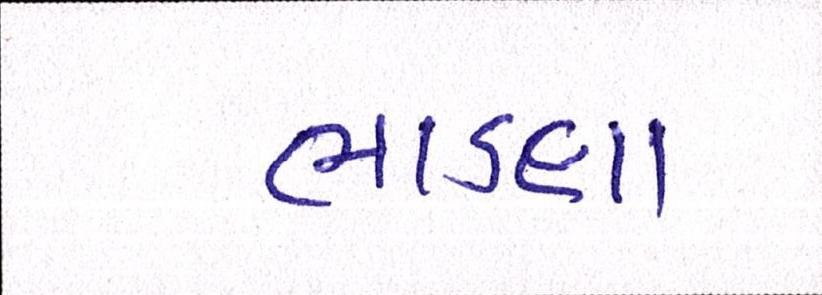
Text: ભાડલા